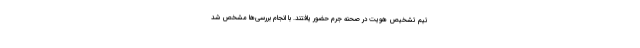
تیم تشخیص هویت در صحنه جرم حضور یافتند. با انجام بررسی‌ها مشخص شد